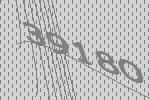
39180